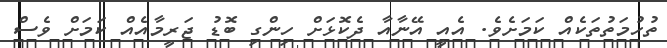
ތުހުމަތުތަކެއް ކަމަށެވެ. އެއީ އޭނާއާ ދެކޮޅަށް ހިންގި ބޮޑު ޖަރީމާއެއް ކަމަށް ވެސް